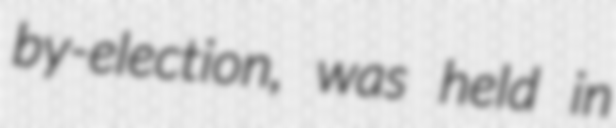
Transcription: by-election, was held in